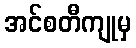
အင်စတီကျုမှ